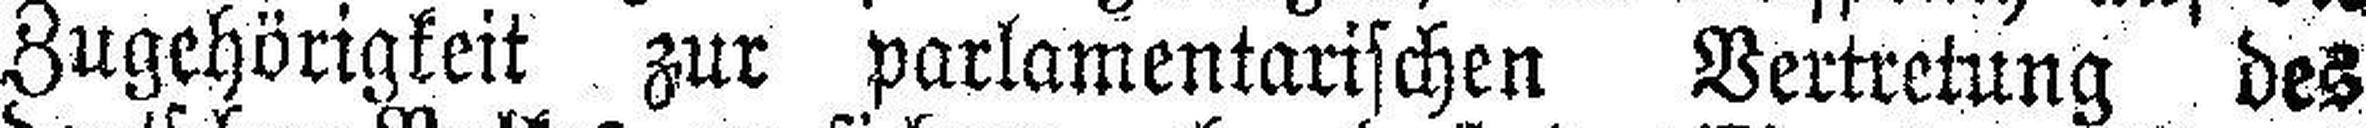
Zugehörigkeit zur parlamentarischen Vertretung des